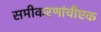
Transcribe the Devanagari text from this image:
समीकरणांचीएक